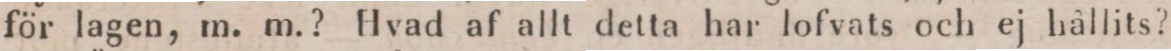
för lagen, m. m.? Hvad af allt detta har lofvats och ej hållits?